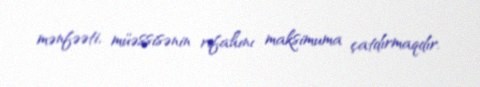
mənfəəti, müəssisənin rifahını maksimuma çatdırmaqdır.